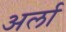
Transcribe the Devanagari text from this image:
अर्ला